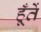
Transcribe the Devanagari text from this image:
हूँतें